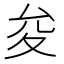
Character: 夋